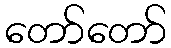
တော်တော်